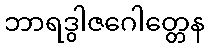
ဘာရဒွါဇဂေါတ္တေန